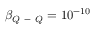
\beta _ { Q \mathrm { ~ - ~ } Q } = 1 0 ^ { - 1 0 }